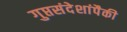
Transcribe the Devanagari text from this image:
गुप्तसंदेशांपैकी